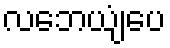
လဘေယျံပေ